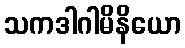
သကဒါဂါမိနိယော